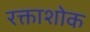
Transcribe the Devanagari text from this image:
रक्ताशोक